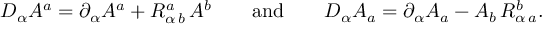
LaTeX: D _ { \alpha } A ^ { a } = \partial _ { \alpha } A ^ { a } + R _ { \alpha \, b } ^ { a } \, A ^ { b } \qquad \mathrm { a n d } \qquad D _ { \alpha } A _ { a } = \partial _ { \alpha } A _ { a } - A _ { b } \, R _ { \alpha \, a } ^ { b } .